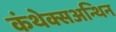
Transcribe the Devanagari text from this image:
कंथेक्सअन्थिन